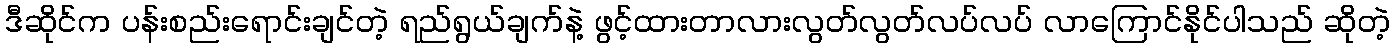
ဒီဆိုင်က ပန်းစည်းရောင်းချင်တဲ့ ရည်ရွယ်ချက်နဲ့ ဖွင့်ထားတာလားလွတ်လွတ်လပ်လပ် လာကြောင်နိုင်ပါသည် ဆိုတဲ့